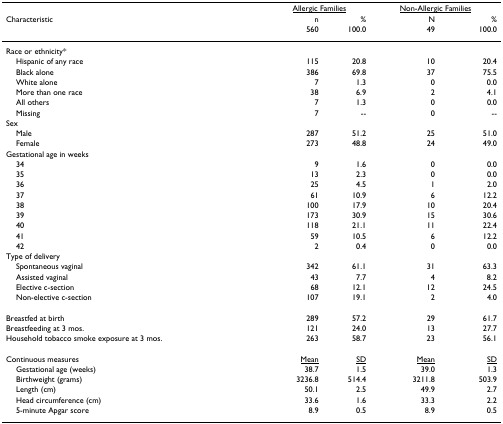
<table><thead><tr><td></td><td colspan="2"><b><underline>Allergic Families</underline></b></td><td colspan="2"><b><underline>Non-Allergic Families</underline></b></td></tr><tr><td><b>Characteristic</b></td><td><b>n</b></td><td><b>%</b></td><td><b>N</b></td><td><b>%</b></td></tr><tr><td></td><td><b>560</b></td><td><b>100.0</b></td><td><b>49</b></td><td><b>100.0</b></td></tr></thead><tbody><tr><td>Race or ethnicity*</td><td></td><td></td><td></td><td></td></tr><tr><td> Hispanic of any race</td><td>115</td><td>20.8</td><td>10</td><td>20.4</td></tr><tr><td> Black alone</td><td>386</td><td>69.8</td><td>37</td><td>75.5</td></tr><tr><td> White alone</td><td>7</td><td>1.3</td><td>0</td><td>0.0</td></tr><tr><td> More than one race</td><td>38</td><td>6.9</td><td>2</td><td>4.1</td></tr><tr><td> All others</td><td>7</td><td>1.3</td><td>0</td><td>0.0</td></tr><tr><td> Missing</td><td>7</td><td>--</td><td>0</td><td>--</td></tr><tr><td>Sex</td><td></td><td></td><td></td><td></td></tr><tr><td> Male</td><td>287</td><td>51.2</td><td>25</td><td>51.0</td></tr><tr><td> Female</td><td>273</td><td>48.8</td><td>24</td><td>49.0</td></tr><tr><td>Gestational age in weeks</td><td></td><td></td><td></td><td></td></tr><tr><td> 34</td><td>9</td><td>1.6</td><td>0</td><td>0.0</td></tr><tr><td> 35</td><td>13</td><td>2.3</td><td>0</td><td>0.0</td></tr><tr><td> 36</td><td>25</td><td>4.5</td><td>1</td><td>2.0</td></tr><tr><td> 37</td><td>61</td><td>10.9</td><td>6</td><td>12.2</td></tr><tr><td> 38</td><td>100</td><td>17.9</td><td>10</td><td>20.4</td></tr><tr><td> 39</td><td>173</td><td>30.9</td><td>15</td><td>30.6</td></tr><tr><td> 40</td><td>118</td><td>21.1</td><td>11</td><td>22.4</td></tr><tr><td> 41</td><td>59</td><td>10.5</td><td>6</td><td>12.2</td></tr><tr><td> 42</td><td>2</td><td>0.4</td><td>0</td><td>0.0</td></tr><tr><td>Type of delivery</td><td></td><td></td><td></td><td></td></tr><tr><td> Spontaneous vaginal</td><td>342</td><td>61.1</td><td>31</td><td>63.3</td></tr><tr><td> Assisted vaginal</td><td>43</td><td>7.7</td><td>4</td><td>8.2</td></tr><tr><td> Elective c-section</td><td>68</td><td>12.1</td><td>12</td><td>24.5</td></tr><tr><td> Non-elective c-section</td><td>107</td><td>19.1</td><td>2</td><td>4.0</td></tr><tr><td>Breastfed at birth</td><td>289</td><td>57.2</td><td>29</td><td>61.7</td></tr><tr><td>Breastfeeding at 3 mos.</td><td>121</td><td>24.0</td><td>13</td><td>27.7</td></tr><tr><td>Household tobacco smoke exposure at 3 mos.</td><td>263</td><td>58.7</td><td>23</td><td>56.1</td></tr><tr><td>Continuous measures</td><td><underline>Mean</underline></td><td><underline>SD</underline></td><td><underline>Mean</underline></td><td><underline>SD</underline></td></tr><tr><td> Gestational age (weeks)</td><td>38.7</td><td>1.5</td><td>39.0</td><td>1.3</td></tr><tr><td> Birthweight (grams)</td><td>3236.8</td><td>514.4</td><td>3211.8</td><td>503.9</td></tr><tr><td> Length (cm)</td><td>50.1</td><td>2.5</td><td>49.9</td><td>2.7</td></tr><tr><td> Head circumference (cm)</td><td>33.6</td><td>1.6</td><td>33.3</td><td>2.2</td></tr><tr><td> 5-minute Apgar score</td><td>8.9</td><td>0.5</td><td>8.9</td><td>0.5</td></tr></tbody></table>